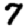
Digit: 7